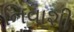
નિવાશી